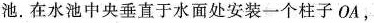
池。在水池中央垂直于水面处安装一个柱子OA，